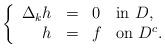
LaTeX: \begin{align*}\displaystyle\left\{\begin{array}{rcll} \Delta_kh & = & 0 & \mbox{in }D, \\ h & = & f& \mbox{on }D^c.\end{array}\right.\end{align*}